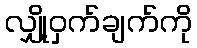
လျှို့ဝှက်ချက်ကို